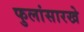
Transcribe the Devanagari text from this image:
फुलांसारखे